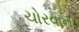
ચોરવાના